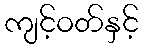
ကျင့်ဝတ်နှင့်